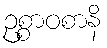
ဥစ္စာဝစာနိ